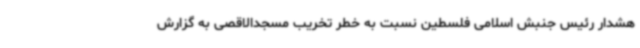
هشدار رئیس جنبش اسلامی فلسطین نسبت به خطر تخریب مسجدالاقصی به گزارش